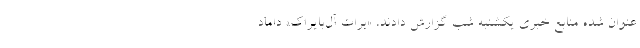
عنوان شده منابع خبری یکشنبه شب گزارش دادند، «برات آل‌بایراک» داماد